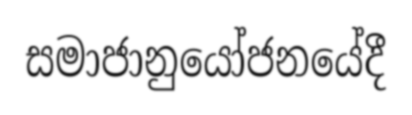
සමාජානුයෝජනයේදී